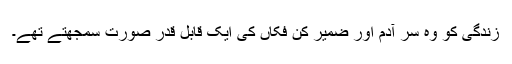
زندگی کو وہ سر آدم اور ضمیر کن فکاں کی ایک قابل قدر صورت سمجھتے تھے۔